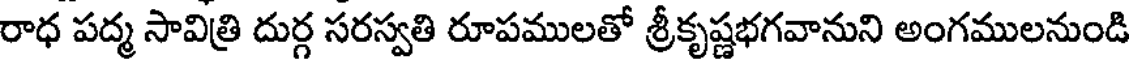
రాధ పద్మ సావిత్రి దుర్గ సరస్వతి రూపములతో శ్రీకృష్ణభగవానుని అంగములనుండి